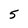
Character: 5